Medical and sanitary report of the native army of Bengal for the year
Year: 1877
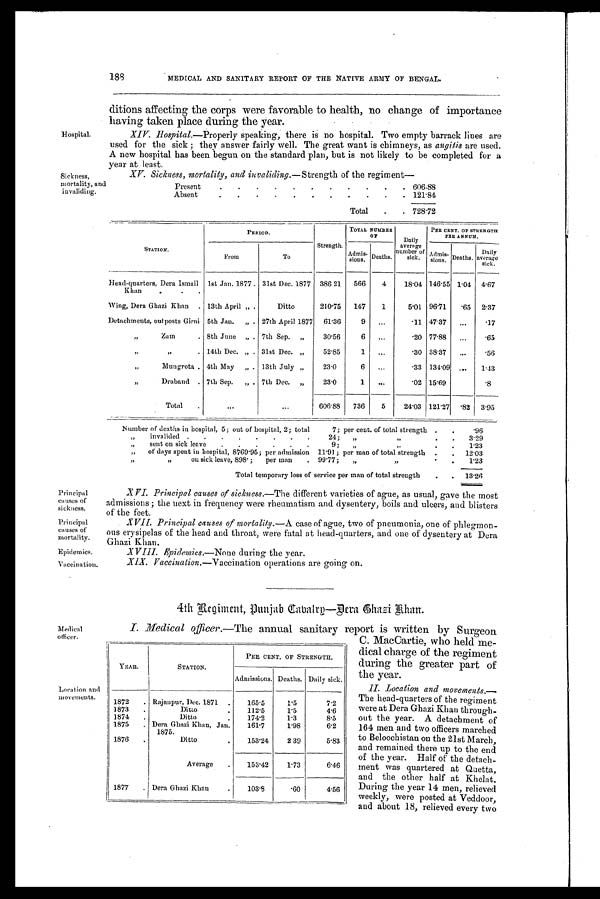
Principal
Causes of
sickness.
Principal
causes of
mortality.
Epidemics.
Vaccination.
188
MEDICAL AND SANITARY REPORT OF THE NATIVE ARMY OF BENGAL.
Hospital.
Sickness,
mortality, and
invaliding.
ditions affecting the corps were favorable to health, no change of importance
having taken place during the year.
Hospital.—Properly speaking, there is no hospital. Two empty barrack lines are
used for the sick ; they answer fairly well. The great want is chimneys, as angitis are used.
A new hospital has been begun on the standard plan, but is not likely to be completed for a
year at least.
XV. Sickness, mortality, and invaliding .—Strength of the regiment
Present
.
.
.
.
.
.
.
.
.
.
. 606.88
Absent
.
.
.
.
.
.
.
.
.
.
. 121.84
Total
.
. 728.72
STATION,
PERIOD.
Strength.
TOTAL NUMBER
OF
Daily
average
number of
sick.
PER CENT. OF STRENGTH
PER ANNUM.
From
To
Admis-
sions.
Deaths.
Admis- sions. Deaths
Daily
average
sick.
Head-quarters, Dora Ismail
Khan
1st Jan. 1877
31st Dec. 1877
386 21
566
4
18.04 146.55 1.04
4.67
Wing, Dera Ghazi Khan
. 13th April „
Ditto
210.75
147
1
5.01 96.71
.65
2.37
Detachments, outposts Girni 5th Jan.
„
27th April 1877
61.36
9
...
.11 47.37
...
.17
„
Zum
. 8th June
„
7th Sep.
„
30.56
6
. . .
.20 77.88
...
.65
„
„
. 14th Dec. „
31st Dec. „
52.85
1
. . .
.30 38.37
...
.56
"
Mungrota . 4th May
„
13th July „
23.0
6
. . .
.33 134.09 ...
1.43
"
Draband . 7th Sep.
„
7th Dec.
„
23.0
1 ...
.02 15.69 ...
. 8
Total
.
...
606.88
736
5
24.03 121.27 .82
3.95
Number of deaths in hospital, 5; out of hospital, 2; total
7; per cent. of total strength .
.
.96
"
invalided
.
.
.
.
.
.
.
.
24;
"
" .
.
3.29
"
sent on sick leave
.
.
.
.
.
.
9;
,,
" .
.
1.23
"
of days spent in hospital, 8769.95; per admission 11.91 ; per man of total strength
.
.
12.03
"
"
on sick leave, 898 ;
per man
. 99.77;
„
"
.
.
1.23
Total temporary loss of service per man of total strength
.
.
13.26
Medical
officer.
Location and
movements.
XVI. Principal causes of sickness .—The different varieties of ague, as usual, gave the most
admissions ; the next in frequency were rheumatism and dysentery, boils and ulcers, and blisters
of the feet.
XVII. Principal causes of mortality .—A case of ague, two of pneumonia, one of phlegmon-
ous erysipelas of the head and throat, were fatal at head-quarters, and one of dysentery at Dera
Ghazi Khan.
Epidemics .—None during the year.
Vaccination .—Vaccination operations are going on.
4th Regiment, Punjab Cabalry—Dera Ghazi Khan.
YEAR.
STATION.
PER CENT. OF STRENGTH.
Admissions. Deaths. Daily sick.
1872
. Rajaupur, Dec. 1871 .
165.5
1.5
7.2
1873
.
Ditto
.
112.5
1.5
4.6
1874
.
Ditto
.
174.2
1.3
8.5
1875
. Dent Ghazi Khan, Jan. 1875.
161.7
1.98
6.2
1876
.
Ditto
153.24
2 39
5.83
Average
153.42
1.73
6.46
1877
Dera Ghazi Khan
103.8
.60
4.56
I. —Medical officer.—The annual sanitary report is written by Surgeon
C. MacCartie, who held me
dical charge of the regiment
during the greater part of
the year.
II. Location and movements.—
The head-quarters of the regiment
were at Dera Ghazi Khan through-
out the year. A detachment of
164 men and two officers marched
to Beloochistau on the 21st March,
and remained there up to the end
of the year. Half of the detach-
ment was quartered at Quetta,
and the other half at Khelat.
During the year 14 men, relieved
weekly, were posted at Veddoor,
and about 18, relieved every two
__